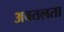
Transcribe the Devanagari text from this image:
अवतलता